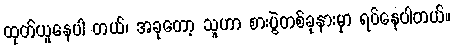
ထုတ်ယူနေပါ တယ်၊ အခုတော့ သူဟာ စားပွဲတစ်ခုနားမှာ ရပ်နေပါတယ်။